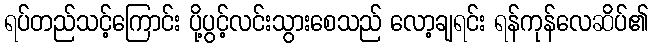
ရပ်တည်သင့်ကြောင်း ပို့ပွင့်လင်းသွားစေသည် လော့ချရင်း ရန်ကုန်လေဆိပ်၏